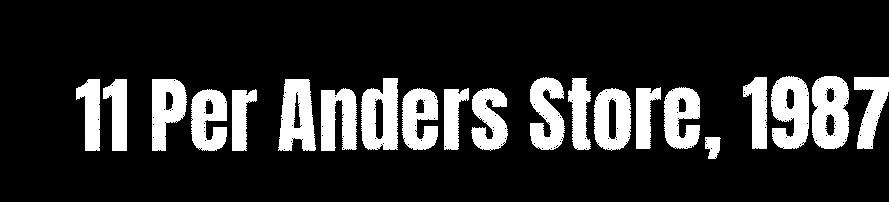
11 Per Anders Store, 1987